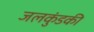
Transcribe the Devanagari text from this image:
जलकुंडकी